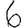
Digit: 6